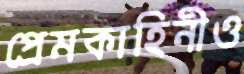
প্রেমকাহিনীও